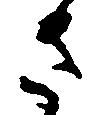
さ